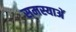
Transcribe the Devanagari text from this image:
समस्याअें